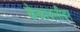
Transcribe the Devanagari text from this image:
केकावलीवर